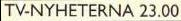
TV-NYHETERNA 23.00